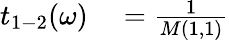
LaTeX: \begin{array}{rl}{t_{1-2}(\omega)}&{{}=\frac{1}{M(1,1)}}\end{array}